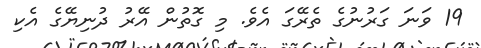
19 ވަނަ ގަރުނުގެ ތެރޭގަ އެވެ. މި ގޮތުން އޭރު ދުނިޔޭގެ އެކި